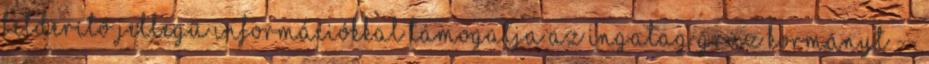
felderítő jellegű információkkal támogatja az ingatag grúz kormányt --